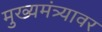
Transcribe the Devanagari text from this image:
मुख्यमंत्र्यावर